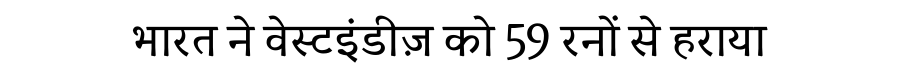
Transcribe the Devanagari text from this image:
भारत ने वेस्टइंडीज़ को 59 रनों से हराया